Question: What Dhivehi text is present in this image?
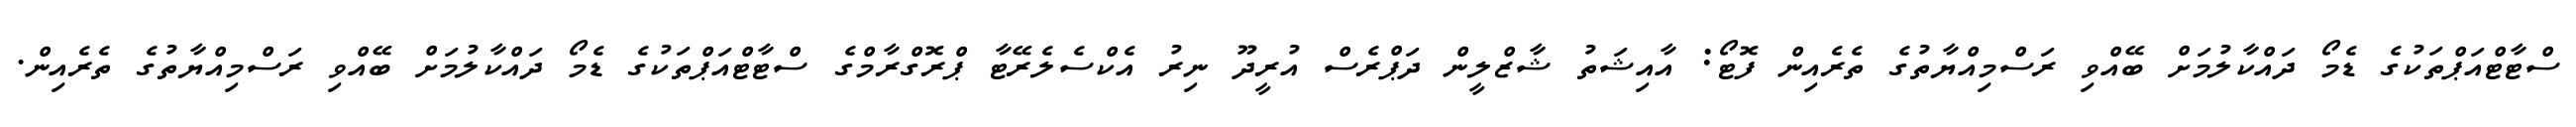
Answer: ސްޓާޓްއަޕްތަކުގެ ޑެމޯ ދައްކާލުމަށް ބޭއްވި ރަސްމިއްޔާތުގެ ތެރެއިން ފޮޓޯ: އާއިޝަތު ޝާޒްލީން ދަޕްރެސް އުރީދޫ ނިރު އެކްސެލެރޭޓާ ޕްރޮގްރާމްގެ ސްޓާޓްއަޕްތަކުގެ ޑެމޯ ދައްކާލުމަށް ބޭއްވި ރަސްމިއްޔާތުގެ ތެރެއިން.